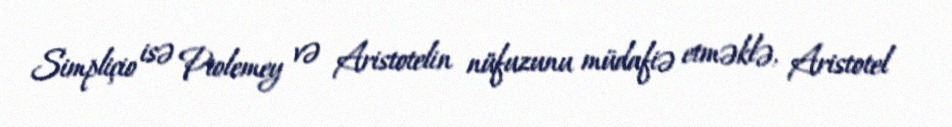
Simpliçio isə Ptolemey və Aristotelin nüfuzunu müdafiə etməklə, Aristotel